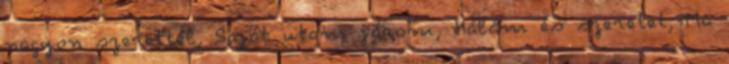
nagyon szerettél, Saját utam járom, Hálám és szeretet, Ma